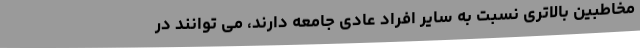
مخاطبین بالاتری نسبت به سایر افراد عادی جامعه دارند، می توانند در